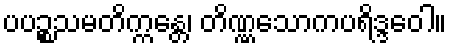
ပပဉ္စသမတိက္ကန္တေ၊ တိဏ္ဏသောကပရိဒ္ဒဝေါ။